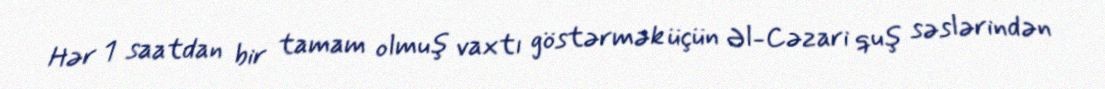
Hər 1 saatdan bir tamam olmuş vaxtı göstərmək üçün Əl-Cəzari quş səslərindən